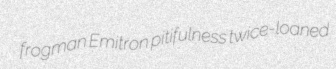
frogman Emitron pitifulness twice-loaned